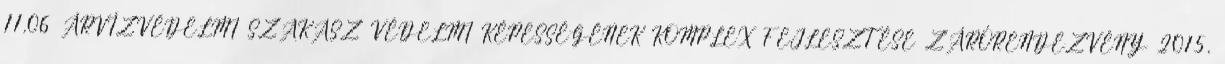
11.06 ÁRVÍZVÉDELMI SZAKASZ VÉDELMI KÉPESSÉGÉNEK KOMPLEX FEJLESZTÉSE ZÁRÓRENDEZVÉNY 2015.